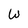
Character: W